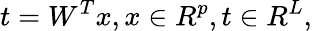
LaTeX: t=W^{T}x,x\in R^{p},t\in R^{L},